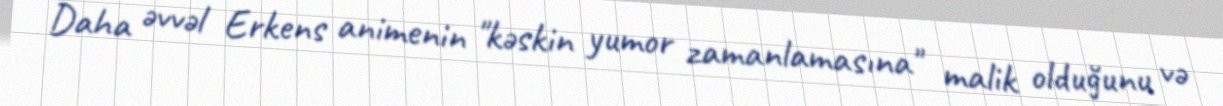
Daha əvvəl Erkens animenin "kəskin yumor zamanlamasına" malik olduğunu və